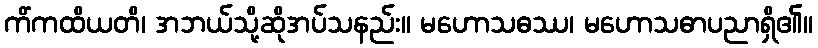
ကိံကထိယတိ၊ အဘယ်သို့ဆိုအပ်သနည်း။ မဟောသဓဿ၊ မဟောသဓာပညာရှိ၏။